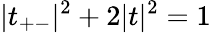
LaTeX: |t_{+-}|^{2}+2|t|^{2}=1